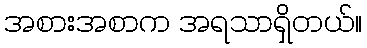
အစားအစာက အရသာရှိတယ်။